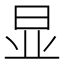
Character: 显